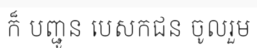
ក៏ បញ្ជូន បេសកជន ចូលរួម